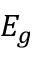
E _ { g }